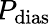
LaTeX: \! P_{\mathrm{dias}}